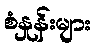
စံနှုန်းများ